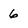
Character: 6